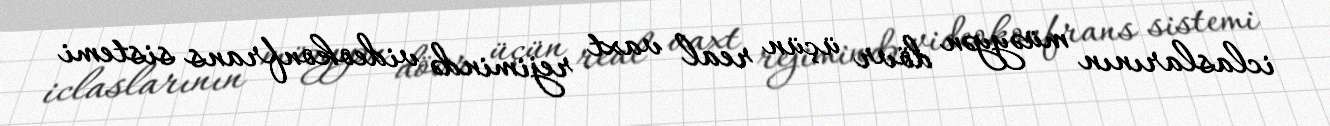
iclaslarının müəyyən dövr üçün real vaxt rejimində videokonfrans sistemi